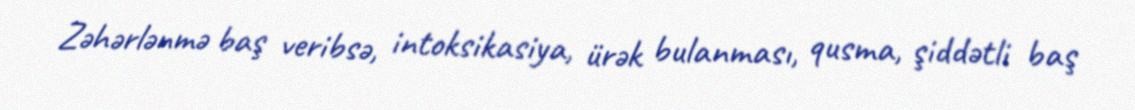
Zəhərlənmə baş veribsə, intoksikasiya, ürək bulanması, qusma, şiddətli baş